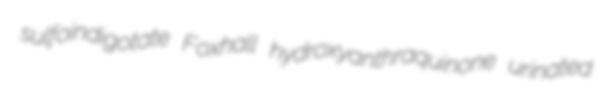
sulfoindigotate Foxhall hydroxyanthraquinone urinated